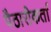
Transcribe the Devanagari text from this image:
पैठारीकर्ता